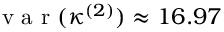
\mathrm { ~ v ~ a ~ r ~ } ( \kappa ^ { ( 2 ) } ) \approx 1 6 . 9 7